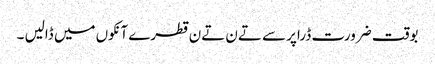
بوقت ضرورت ڈراپر سے تےن تےن قطرے آنکوں میں ڈالیں ۔